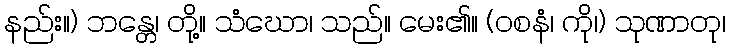
နည်း။) ဘန္တေ၊ တို့။ သံဃော၊ သည်။ မေး၏။ (ဝစနံ၊ ကို၊) သုဏာတု၊